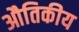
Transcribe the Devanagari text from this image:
औतिकीय